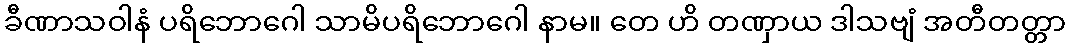
ခီဏာသဝါနံ ပရိဘောဂေါ သာမိပရိဘောဂေါ နာမ။ တေ ဟိ တဏှာယ ဒါသဗျံ အတီတတ္တာ